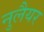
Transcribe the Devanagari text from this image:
नुलैयर